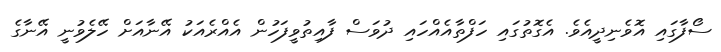
ސޯފާގައި އޮވެނިދީއެވެ. އެގޮތުގައި ހަފްތާއެއްހައި ދުވަސް ފާއިތުވީފަހުން އެއްރެއަކު އޭނާއަށް ހޭލެވުނީ އޭނާގެ